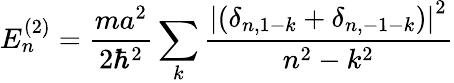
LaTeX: E_{n}^{(2)}={\frac{ma^{2}}{2\hbar^{2}}}\sum_{k}{\frac{\left|\left(\delta_{n,1-k}+\delta_{n,-1-k}\right)\right|^{2}}{n^{2}-k^{2}}}